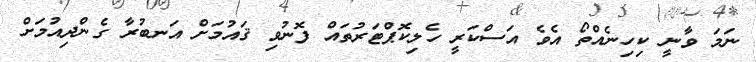
ނަމަ ވާނީ ކިހިނެއްތޯ އެވެ އަސްކަރީ ހެލިކޮޕްޓަރުތައް ފޮނުވި ޤައުމަށް އަނބުރާ ގެންދިއުމަށް